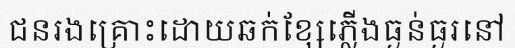
ជនរងគ្រោះដោយឆក់ខ្សែភ្លើងធ្ងន់ធ្ងរនៅ